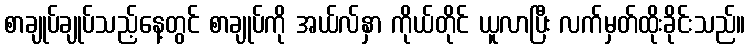
စာချုပ်ချုပ်သည့်နေ့တွင် စာချုပ်ကို အယ်လ်နှာ ကိုယ်တိုင် ယူလာပြီး လက်မှတ်ထိုးခိုင်းသည်။